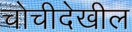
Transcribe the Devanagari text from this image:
चोचीदेखील